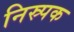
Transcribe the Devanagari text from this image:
निस्र्पक